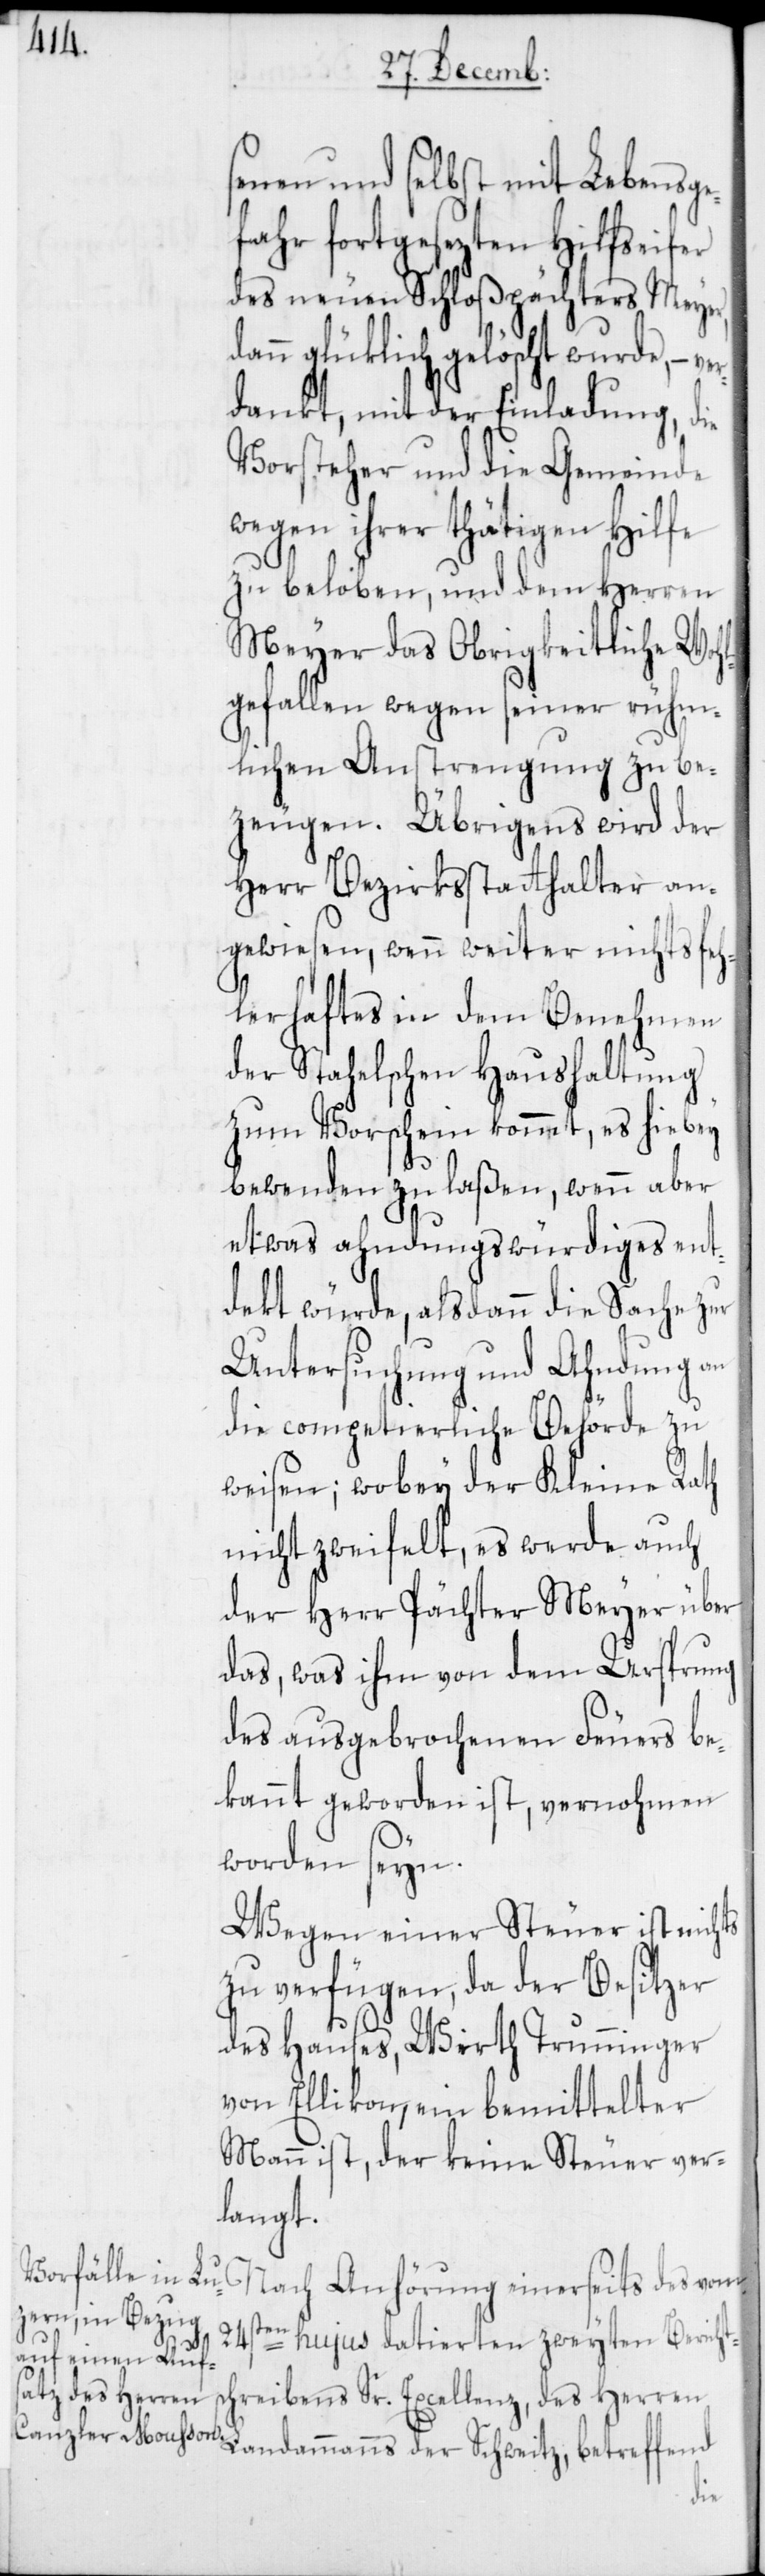
ver¬

senen und selbst mit Lebensge¬
fahr fortgesezten Hilfseifer
des neuen Schloßpächters Meyer,
glüklich gelöscht wurde, –
dankt, mit der Einladung, die
Vorsteher und die Gemeinde
wegen ihrer thätigen Hilfe
zu beloben, und dem Herren
Meyer das Obrigkeitliche Wohl¬
gefallen wegen seiner rühm¬
lichen Anstrengung zu be¬
zeugen. Übrigens wird der
Herr Bezirksstatthalter an¬
gewiesen, wenn weiter nichts feh¬
lerhaftes in dem Benehmen
der Stahelschen Haushaltung
zum Vorschein kommt, es hiebey
bewenden zu laßen, wenn aber
etwas ahndungswürdiges ent¬
dekt würde, alsdann die Sache
Untersuchung und Ahndung an
die competierliche Behörde zu
weisen; wobey der Kleine Rath
nicht zweifelt, es werde auch
der Herr Pächter Meyer über
das, was ihm von dem Ursprung
des ausgebrochenen Feuers be¬
kannt geworden ist, vernohmen
worden seyn.
Wegen einer Steuer ist nichts
zu verfügen, da der Besitzer
des Hauses, Wirth Trunninger
von Ellikon, ein bemittelter
Mann ist, der keine Steuer ver¬
langt.
Nach Anhörung einerseits des vom
24sten hujus datierten zweyten Berichts¬
chreibens Sr. Excellenz, des Herren
Landammanns der Schweitz, betreffend